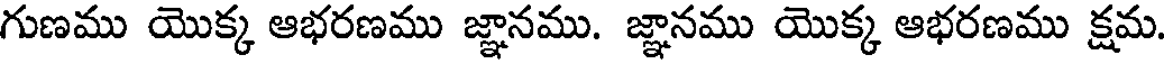
గుణము యొక్క ఆభరణము జ్ఞానము. జ్ఞానము యొక్క ఆభరణము క్షమ.